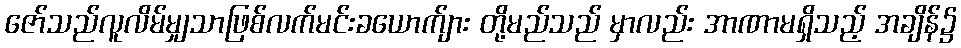
ဇော်သည်လူလိမ်မျှသာဖြစ်လက်မင်းခယောက်ျား တို့မည်သည် မှာလည်း အာဏာမရှိသည့် အချိန်၌